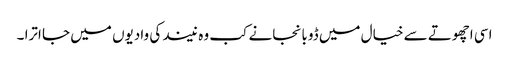
اسی اچھوتے سے خیال میں ڈوبا نجانے کب وہ نیند کی وادیوں میں جا اترا ۔